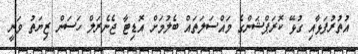
އުތުރުފަޅާއި ގުޅޭ ކޮރަޕްޝަންގެ މައްސަލަތައް ބެލުމަށް އޮޑިޓާ ޖެނެރަލް ހަސަން ޒިޔަތު ވަނީ